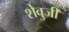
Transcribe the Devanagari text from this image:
शेवुजी